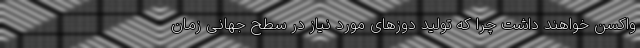
واکسن خواهند داشت چرا که تولید دوزهای مورد نیاز در سطح جهانی زمان